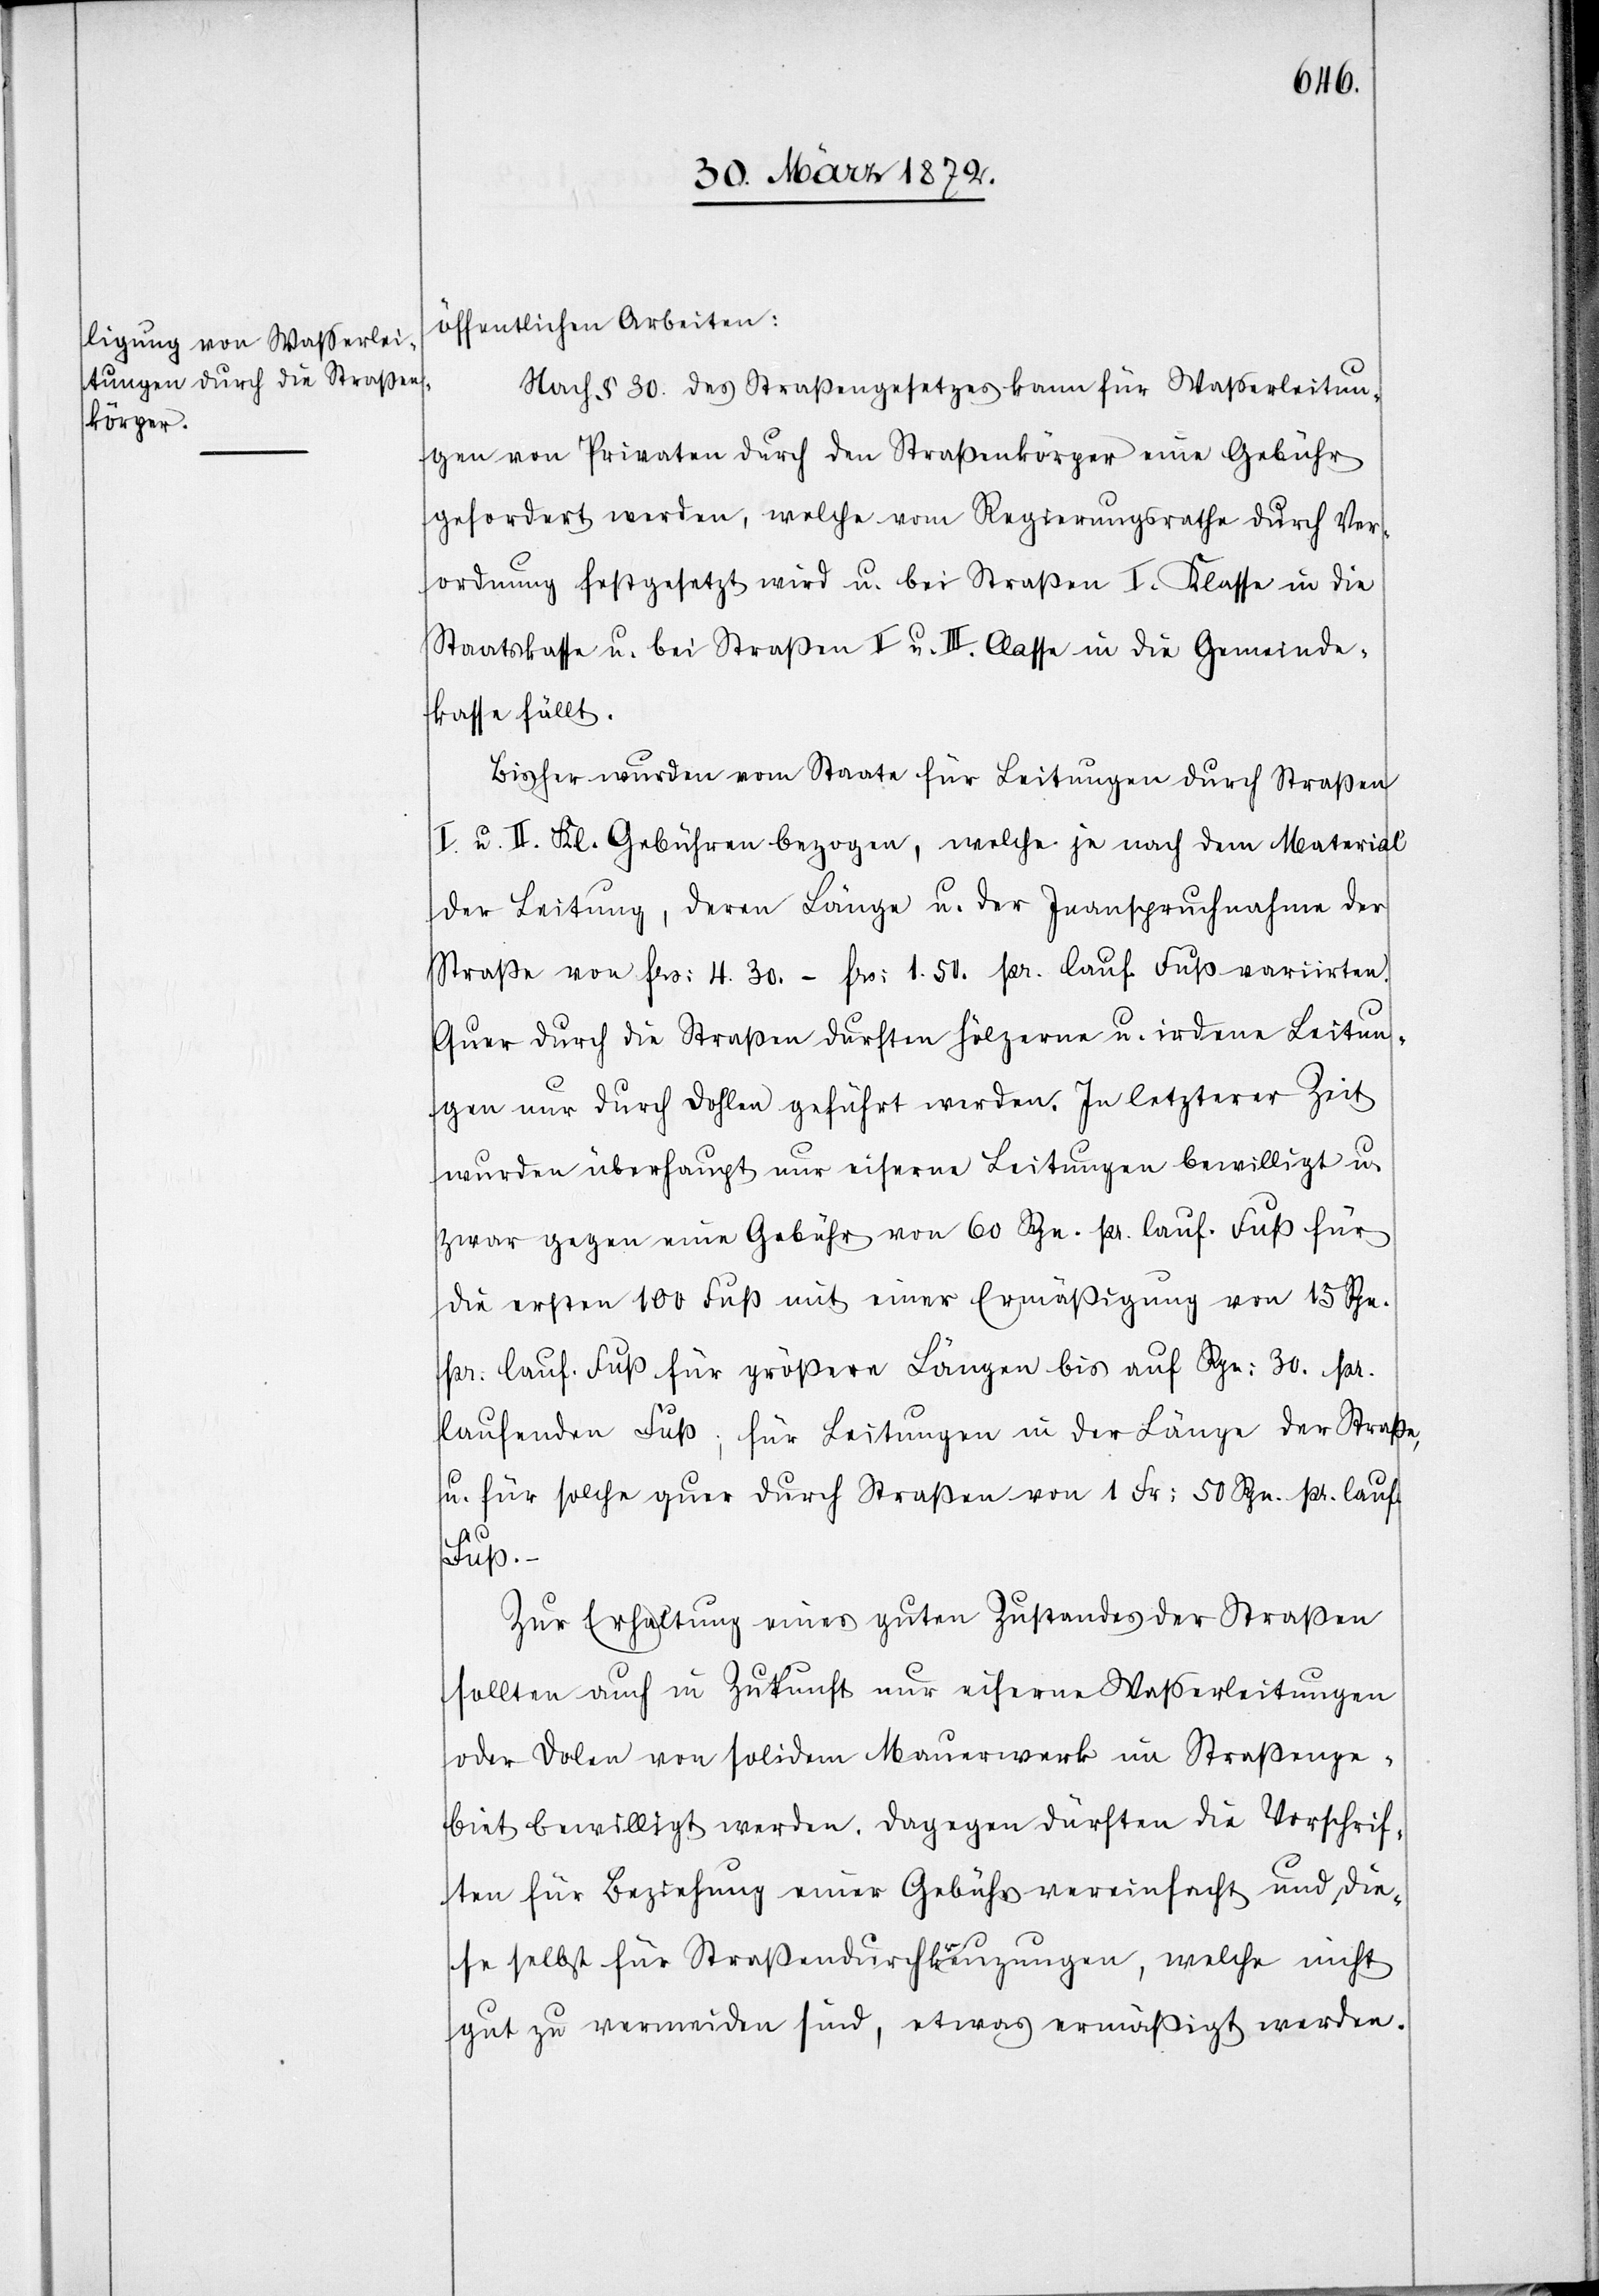
öffentlichen Arbeiten:
Nach § 30. des Straßengesetzes kann für Wasserleitun¬
gen von Privaten durch den Straßenkörper eine Gebühr
gefordert werden, welche vom Regierungsrathe durch Ver¬
ordnung festgesetzt wird u. bei Straßen I. Klasse in die
Staatskasse u. bei Straßen II u. III. Classe in die Gemeinde¬
kasse fällt.
Bisher wurden vom Staate für Leitungen durch Straßen
I. u. II. Kl. Gebühren bezogen, welche je nach dem Material
der Leitung, deren Länge u. der Inanspruchnahme der
Straße von frs: 4.30–1.50 pr. lauf. Fuß variirten.
Quer durch die Straßen durften hölzerne u. irdene Leitun¬
gen nur durch Dohlen geführt werden. In letzterer Zeit
wurden überhaupt nur eiserne Leitungen bewilligt u.
zwar gegen eine Gebühr von 60 Rpn. pr. lauf. Fuß für
die ersten 100 Fuß mit einer Ermäßigung von 15 Rpn.
pr: lauf. Fuß für größere Längen bis auf Rpn: 30. pr.
laufenden Fuß; für Leitungen in der Länge der Straße
u. für solche quer durch Straßen von 1 Fr: 50 Rpn. pr. lauf.
Fuß.
Zur Erhaltung eines guten Zustandes der Straßen
sollten auch in Zukunft nur eiserne Wasserleitungen
oder Dolen von solidem Mauerwerk im Straßenge¬
biet bewilligt werden. Dagegen dürften die Vorschrif¬
ten für Beziehung einer Gebühr vereinfacht und die¬
se selbst für Straßendurchkreuzungen, welche nicht
gut zu vermeiden sind, etwas ermäßigt werden.